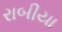
રાબીયા